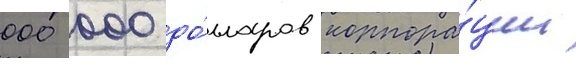
000 000 до́лларов корпора́ции